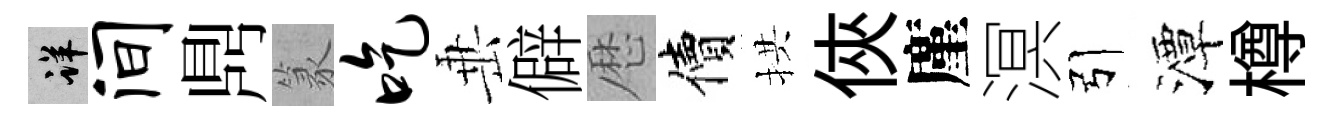
详间𪔂篆吃𡸁僻厯價拱俠廑溟引潭樽